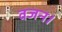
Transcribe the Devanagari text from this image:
वजन।